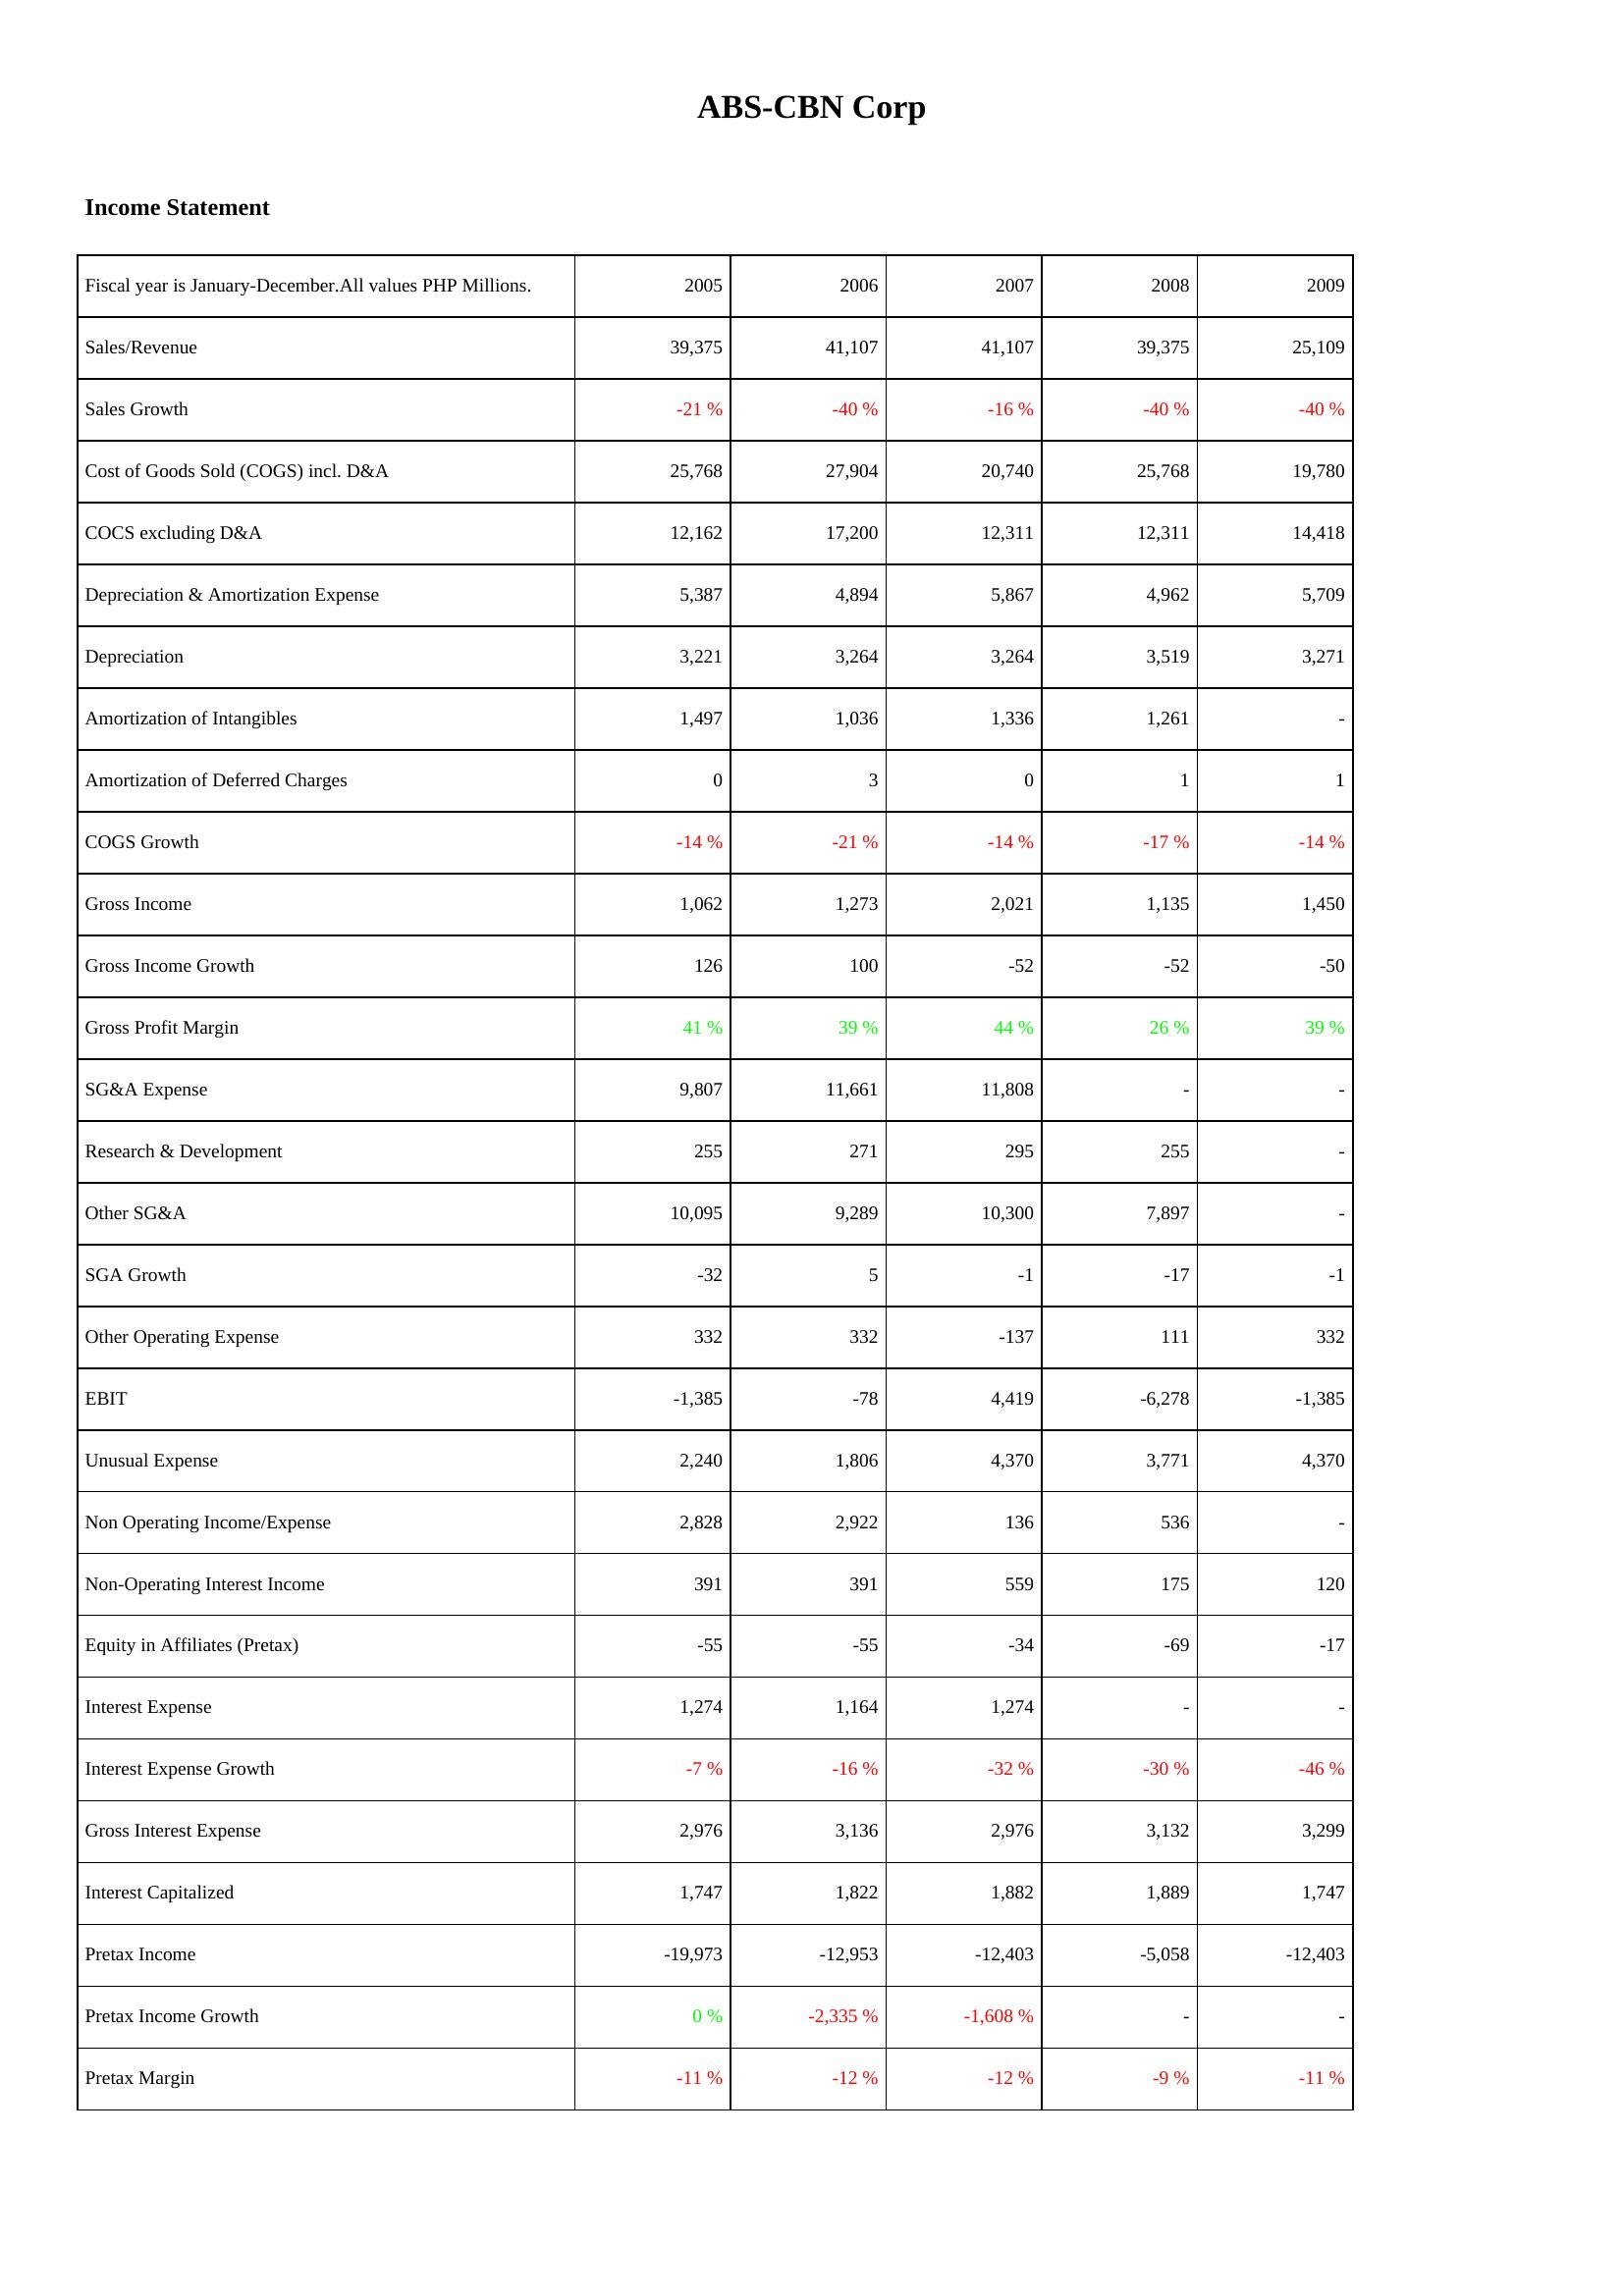
2005: Income Statement: Sales/Revenue: 39,375
Sales Growth: -21 %
Cost of Goods Sold (COGS) incl. D&A: 25,768
COCS excluding D&A: 12,162
Depreciation & Amortization Expense: 5,387
Depreciation: 3,221
Amortization of Intangibles: 1,497
Amortization of Deferred Charges: 0
COGS Growth: -14 %
Gross Income: 1,062
Gross Income Growth: 126
Gross Profit Margin: 41 %
SG&A Expense: 9,807
Research & Development: 255
Other SG&A: 10,095
SGA Growth: -32
Other Operating Expense: 332
EBIT: -1,385
Unusual Expense: 2,240
Non Operating Income/Expense: 2,828
Non-Operating Interest Income: 391
Equity in Affiliates (Pretax): -55
Interest Expense: 1,274
Interest Expense Growth: -7 %
Gross Interest Expense: 2,976
Interest Capitalized: 1,747
Pretax Income: -19,973
Pretax Income Growth: 0 %
Pretax Margin: -11 %
2006: Income Statement: Sales/Revenue: 41,107
Sales Growth: -40 %
Cost of Goods Sold (COGS) incl. D&A: 27,904
COCS excluding D&A: 17,200
Depreciation & Amortization Expense: 4,894
Depreciation: 3,264
Amortization of Intangibles: 1,036
Amortization of Deferred Charges: 3
COGS Growth: -21 %
Gross Income: 1,273
Gross Income Growth: 100
Gross Profit Margin: 39 %
SG&A Expense: 11,661
Research & Development: 271
Other SG&A: 9,289
SGA Growth: 5
Other Operating Expense: 332
EBIT: -78
Unusual Expense: 1,806
Non Operating Income/Expense: 2,922
Non-Operating Interest Income: 391
Equity in Affiliates (Pretax): -55
Interest Expense: 1,164
Interest Expense Growth: -16 %
Gross Interest Expense: 3,136
Interest Capitalized: 1,822
Pretax Income: -12,953
Pretax Income Growth: -2,335 %
Pretax Margin: -12 %
2007: Income Statement: Sales/Revenue: 41,107
Sales Growth: -16 %
Cost of Goods Sold (COGS) incl. D&A: 20,740
COCS excluding D&A: 12,311
Depreciation & Amortization Expense: 5,867
Depreciation: 3,264
Amortization of Intangibles: 1,336
Amortization of Deferred Charges: 0
COGS Growth: -14 %
Gross Income: 2,021
Gross Income Growth: -52
Gross Profit Margin: 44 %
SG&A Expense: 11,808
Research & Development: 295
Other SG&A: 10,300
SGA Growth: -1
Other Operating Expense: -137
EBIT: 4,419
Unusual Expense: 4,370
Non Operating Income/Expense: 136
Non-Operating Interest Income: 559
Equity in Affiliates (Pretax): -34
Interest Expense: 1,274
Interest Expense Growth: -32 %
Gross Interest Expense: 2,976
Interest Capitalized: 1,882
Pretax Income: -12,403
Pretax Income Growth: -1,608 %
Pretax Margin: -12 %
2008: Income Statement: Sales/Revenue: 39,375
Sales Growth: -40 %
Cost of Goods Sold (COGS) incl. D&A: 25,768
COCS excluding D&A: 12,311
Depreciation & Amortization Expense: 4,962
Depreciation: 3,519
Amortization of Intangibles: 1,261
Amortization of Deferred Charges: 1
COGS Growth: -17 %
Gross Income: 1,135
Gross Income Growth: -52
Gross Profit Margin: 26 %
SG&A Expense: -
Research & Development: 255
Other SG&A: 7,897
SGA Growth: -17
Other Operating Expense: 111
EBIT: -6,278
Unusual Expense: 3,771
Non Operating Income/Expense: 536
Non-Operating Interest Income: 175
Equity in Affiliates (Pretax): -69
Interest Expense: -
Interest Expense Growth: -30 %
Gross Interest Expense: 3,132
Interest Capitalized: 1,889
Pretax Income: -5,058
Pretax Income Growth: -
Pretax Margin: -9 %
2009: Income Statement: Sales/Revenue: 25,109
Sales Growth: -40 %
Cost of Goods Sold (COGS) incl. D&A: 19,780
COCS excluding D&A: 14,418
Depreciation & Amortization Expense: 5,709
Depreciation: 3,271
Amortization of Intangibles: -
Amortization of Deferred Charges: 1
COGS Growth: -14 %
Gross Income: 1,450
Gross Income Growth: -50
Gross Profit Margin: 39 %
SG&A Expense: -
Research & Development: -
Other SG&A: -
SGA Growth: -1
Other Operating Expense: 332
EBIT: -1,385
Unusual Expense: 4,370
Non Operating Income/Expense: -
Non-Operating Interest Income: 120
Equity in Affiliates (Pretax): -17
Interest Expense: -
Interest Expense Growth: -46 %
Gross Interest Expense: 3,299
Interest Capitalized: 1,747
Pretax Income: -12,403
Pretax Income Growth: -
Pretax Margin: -11 %